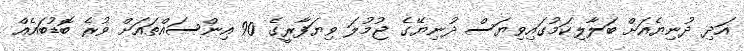
އަދި ދުނިޔެއަށް ބަލާލިކަމުގައިވިޔަސް ދުނިޔޭގެ ޖުމުލަ ވިޔަފާރީގެ 90 އިންސައްތައަށް ވުރެ ބޮޑުބައެއް